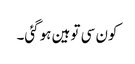
کون سی توہین ہوگئی۔